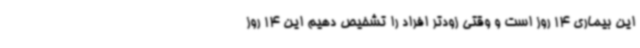
این بیماری 14 روز است و وقتی زودتر افراد را تشخیص دهیم این 14 روز